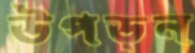
উপড়ন